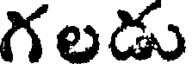
గలడు